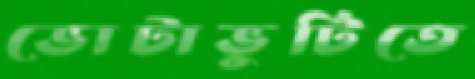
ভোটাভুটিতে